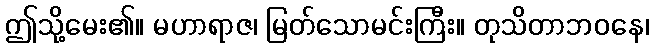
ဤသို့မေး၏။ မဟာရာဇ၊ မြတ်သောမင်းကြီး။ တုသိတာဘဝနေ၊